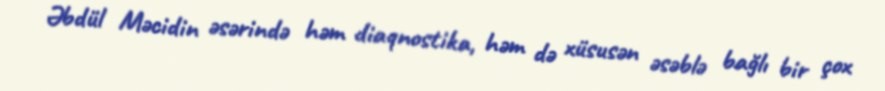
Əbdül Məcidin əsərində həm diaqnostika, həm də xüsusən əsəblə bağlı bir çox